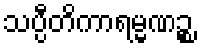
သပ္ပီတိကာရမ္မဏဉ္စ